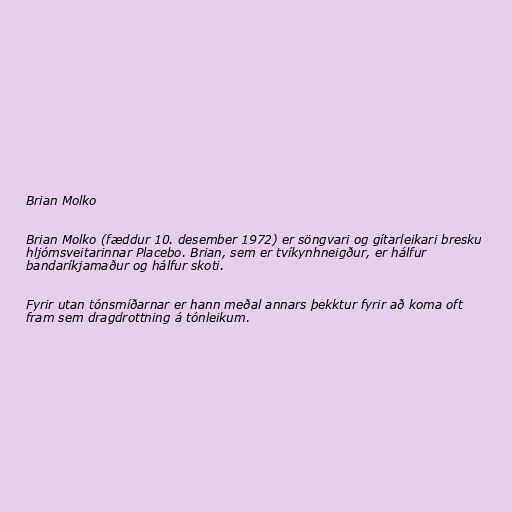
Brian Molko

Brian Molko (fæddur 10. desember 1972) er söngvari og gítarleikari bresku
hljómsveitarinnar Placebo. Brian, sem er tvíkynhneigður, er hálfur
bandaríkjamaður og hálfur skoti.

Fyrir utan tónsmíðarnar er hann meðal annars þekktur fyrir að koma oft
fram sem dragdrottning á tónleikum.